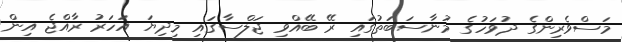
މަސްވެރިންގެ ދުވަހުގެ މުނާސަބަތުގައި ރޭ ބޭއްވި ޖަލްސާގައި މިދިޔަ އަހަރު ރާއްޖެ އިން